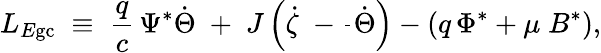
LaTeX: L_{E\mathrm{gc}}\; \equiv\; \frac{q}{c}\, \Psi^{*}\dot{\Theta}\; +\; J\left(\dot{\zeta}\; -\frac{}{}\dot{\Theta}\right)-\left(q\, \Phi^{*}+\mu\; B^{*}\right),